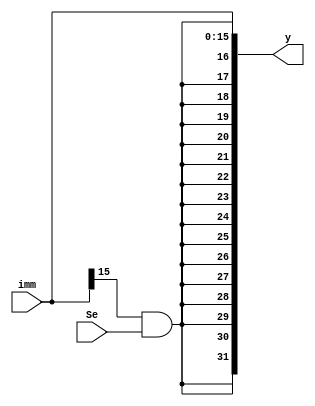
module EXT16T32(imm,Se,y);
    input [15:0]imm;
    input Se;
    output [31:0]y;
    wire Sign;
    and (Sign,imm[15],Se);
    assign y = {Sign,Sign,Sign,Sign,Sign,Sign,Sign,Sign,Sign,Sign,Sign,Sign,Sign,Sign,Sign,Sign,imm[15:0]};
endmodule